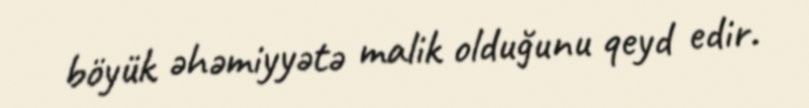
böyük əhəmiyyətə malik olduğunu qeyd edir.